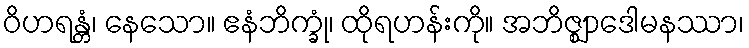
ဝိဟရန္တံ၊ နေသော။ ဧနံဘိက္ခုံ၊ ထိုရဟန်းကို။ အဘိဇ္ဈာဒေါမနဿာ၊